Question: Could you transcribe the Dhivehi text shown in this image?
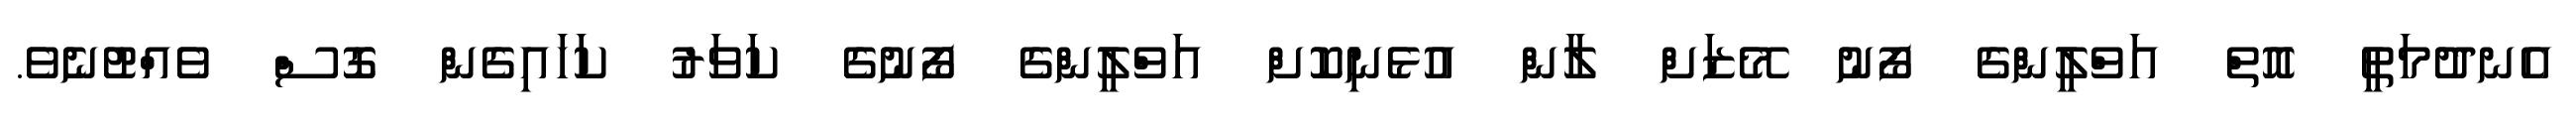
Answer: އެނދުމަތީ އޮތް އަވްލީންގެ ފޯނު މޭޒަށް ލާން އުޅެނިކޮށް އަވްލީންގެ ފޯނުގެ ކަވަރު ކަހައިގެން ގޮސް ވެއްޓުނެވެ.